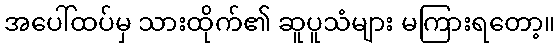
အပေါ်ထပ်မှ သားထိုက်၏ ဆူပူသံများ မကြားရတော့။